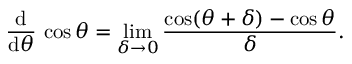
{ \frac { \operatorname { d } } { \operatorname { d } \! \theta } } \, \cos \theta = \operatorname* { l i m } _ { \delta \to 0 } { \frac { \cos ( \theta + \delta ) - \cos \theta } { \delta } } .